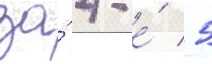
за́ 4-е́ / 5